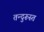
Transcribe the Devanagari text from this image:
तन्दुरूस्त